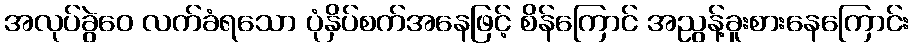
အလုပ်ခွဲဝေ လက်ခံရသော ပုံနှိပ်စက်အနေဖြင့် စိန်ကြောင် အညွန့်ခူးစားနေကြောင်း